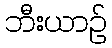
ဘီးယာဉ်